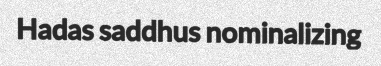
Hadas saddhus nominalizing